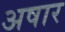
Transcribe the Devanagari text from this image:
अषार